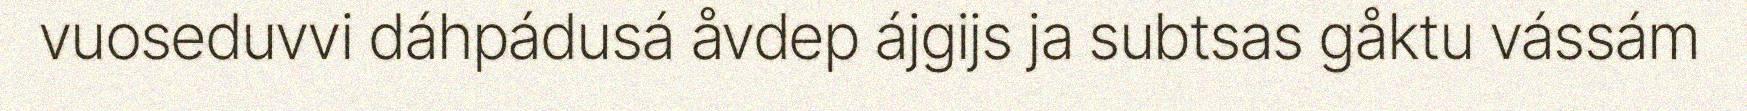
vuoseduvvi dáhpádusá åvdep ájgijs ja subtsas gåktu vássám